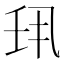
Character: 𫡖